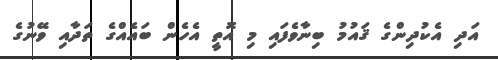
އަދި އެކުދިންގެ ޤައުމު ބިނާވެފައި މި އޮތީ އެހެން ބައެއްގެ ތަދާއި ވޭނުގެ